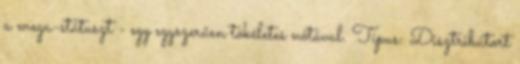
a mega-státuszt - egy egyszerűen tökéletes nótával. Típus: Disztribútort